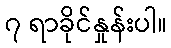
၇ ရာခိုင်နှုန်းပါ။